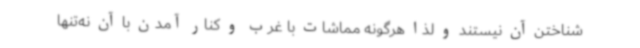
شناختن آن نیستند و لذا هرگونه مماشات با غرب و کنار آمدن با آن نه‌تنها